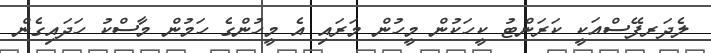
ލެދަރފޭސްއަކީ ކަރަންޓު ކީހަކުން މީހުން މަރައި އެ މީހުންގެ ހަމުން މާސްކު ހަދައިގެން